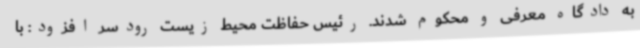
به دادگاه معرفی و محکوم شدند. رئیس حفاظت محیط زیست رودسر افزود: با